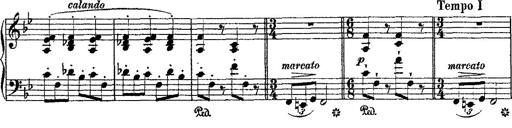
Title: Fantaisie romantique sur deux mÃ©lodies suisses
Composer: Franz Liszt